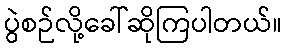
ပွဲစဉ်လို့ခေါ်ဆိုကြပါတယ်။